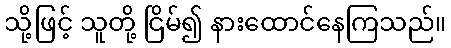
သို့ဖြင့် သူတို့ ငြိမ်၍ နားထောင်နေကြသည်။